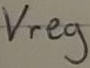
Text: Vreg